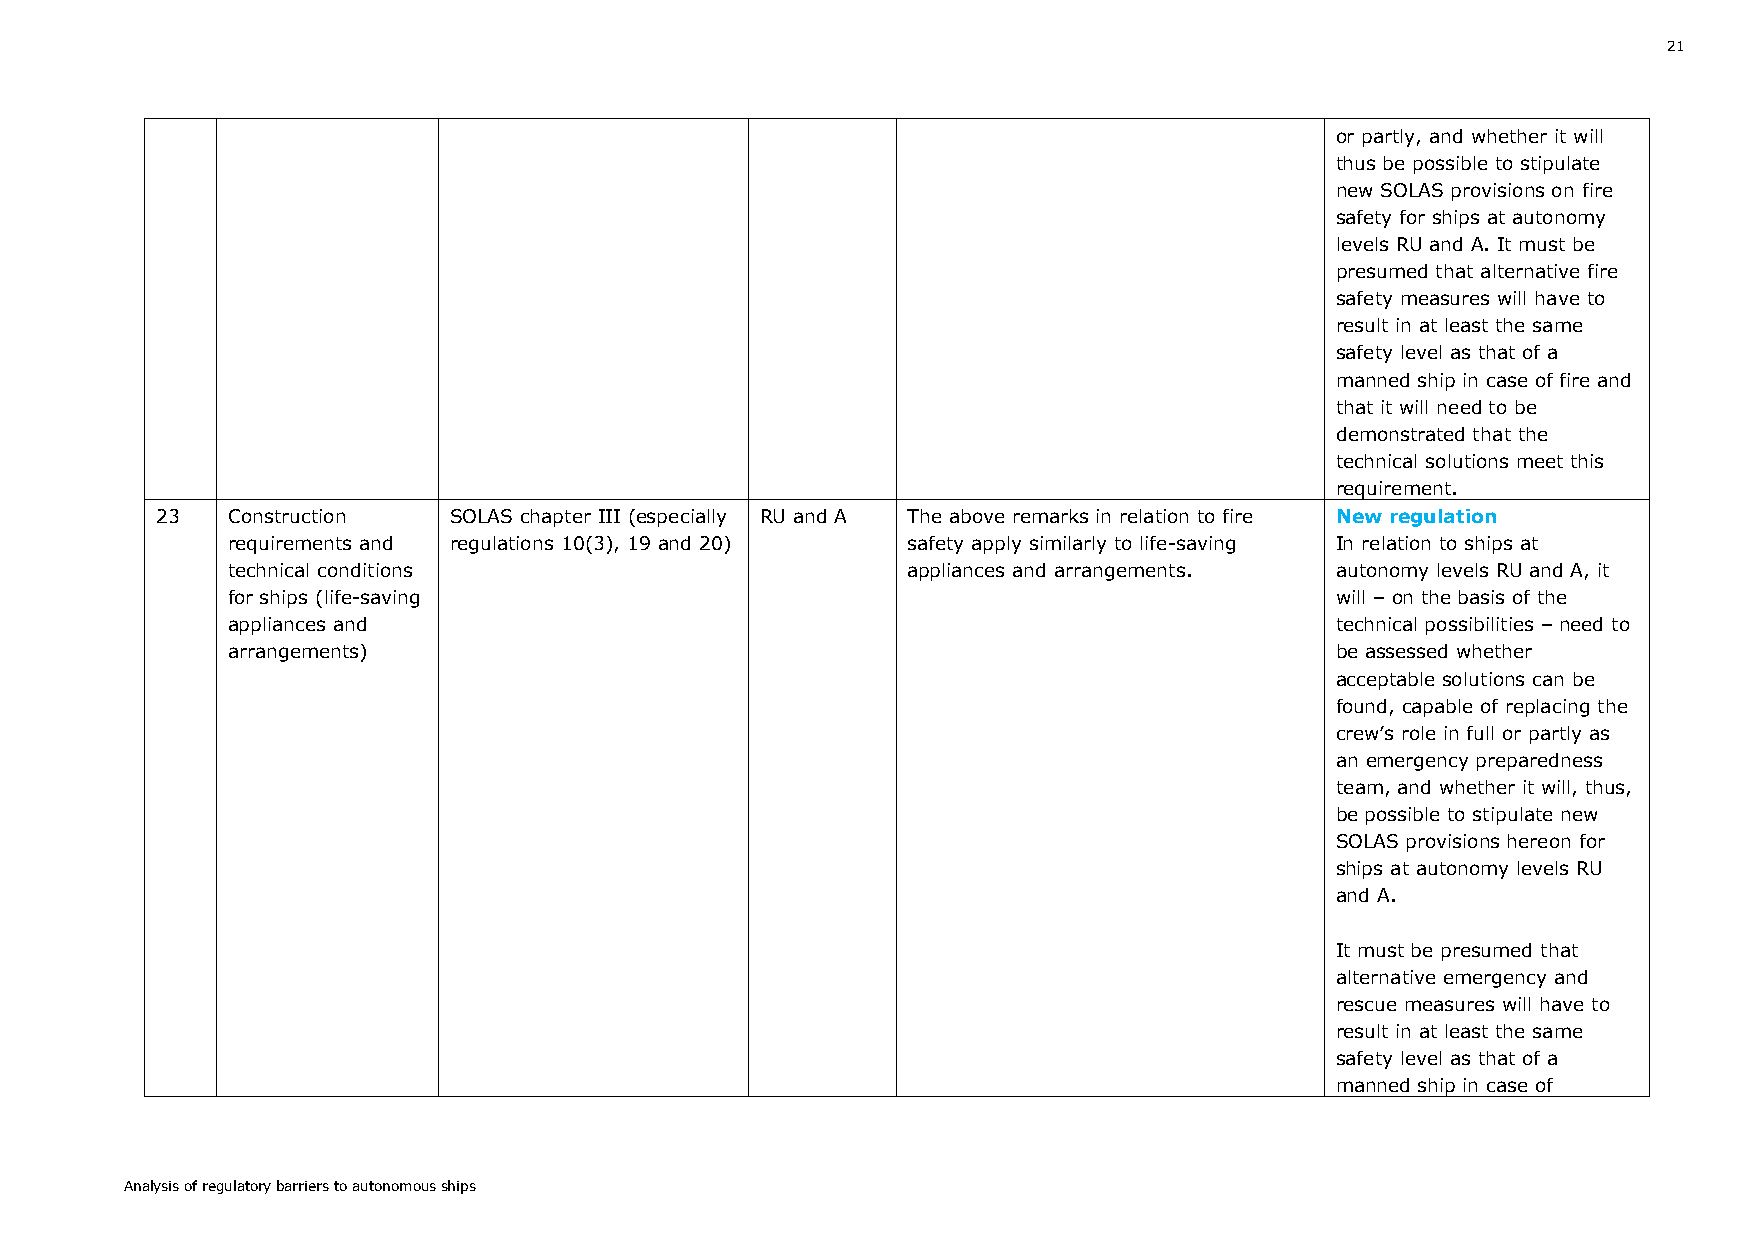
21
 or partly, and whether it will
 thus be possible to stipulate
 new SOLAS provisions on fire
 safety for ships at autonomy
 levels RU and A. It must be
 presumed that alternative fire
 safety measures will have to
 result in at least the same
 safety level as that of a
 manned ship in case of fire and
 that it will need to be
 demonstrated that the
 technical solutions meet this
 requirement.
 23   Construction   SOLAS chapter III (especially RU and A The above remarks in relation to fire New regulation
 requirements and regulations 10(3), 19 and 20) safety apply similarly to life-saving In relation to ships at
 technical conditions                         appliances and arrangements. autonomy levels RU and A, it
 for ships (life-saving                                                   will – on the basis of the
 appliances and                                                           technical possibilities – need to
 arrangements)                                                            be assessed whether
 acceptable solutions can be
 found, capable of replacing the
 crew’s role in full or partly as
 an emergency preparedness
 team, and whether it will, thus,
 be possible to stipulate new
 SOLAS provisions hereon for
 ships at autonomy levels RU
 and A.
 It must be presumed that
 alternative emergency and
 rescue measures will have to
 result in at least the same
 safety level as that of a
 manned ship in case of
 Analysis of regulatory barriers to autonomous ships